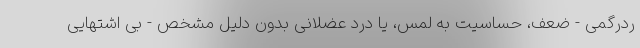
ردرگمی - ضعف، حساسیت به لمس، یا درد عضلانی بدون دلیل مشخص - بی اشتهایی